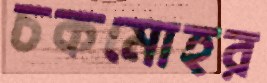
চকমোহর